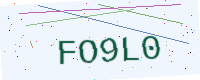
Text: FO9L0